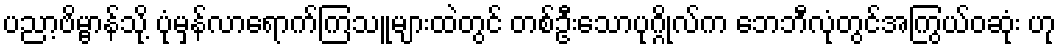
ပညာ့ဗိမ္ဗာန်သို့ ပုံမှန်လာရောက်ကြသူများထဲတွင် တစ်ဦးသောပုဂ္ဂိုလ်က ဘေဘီလုံတွင်အကြွယ်ဝဆုံး ဟု